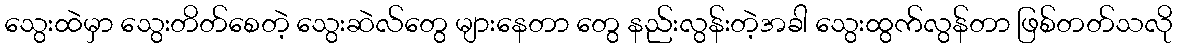
သွေးထဲမှာ သွေးတိတ်စေတဲ့ သွေးဆဲလ်တွေ များနေတာ တွေ နည်းလွန်းတဲ့အခါ သွေးထွက်လွန်တာ ဖြစ်တတ်သလို